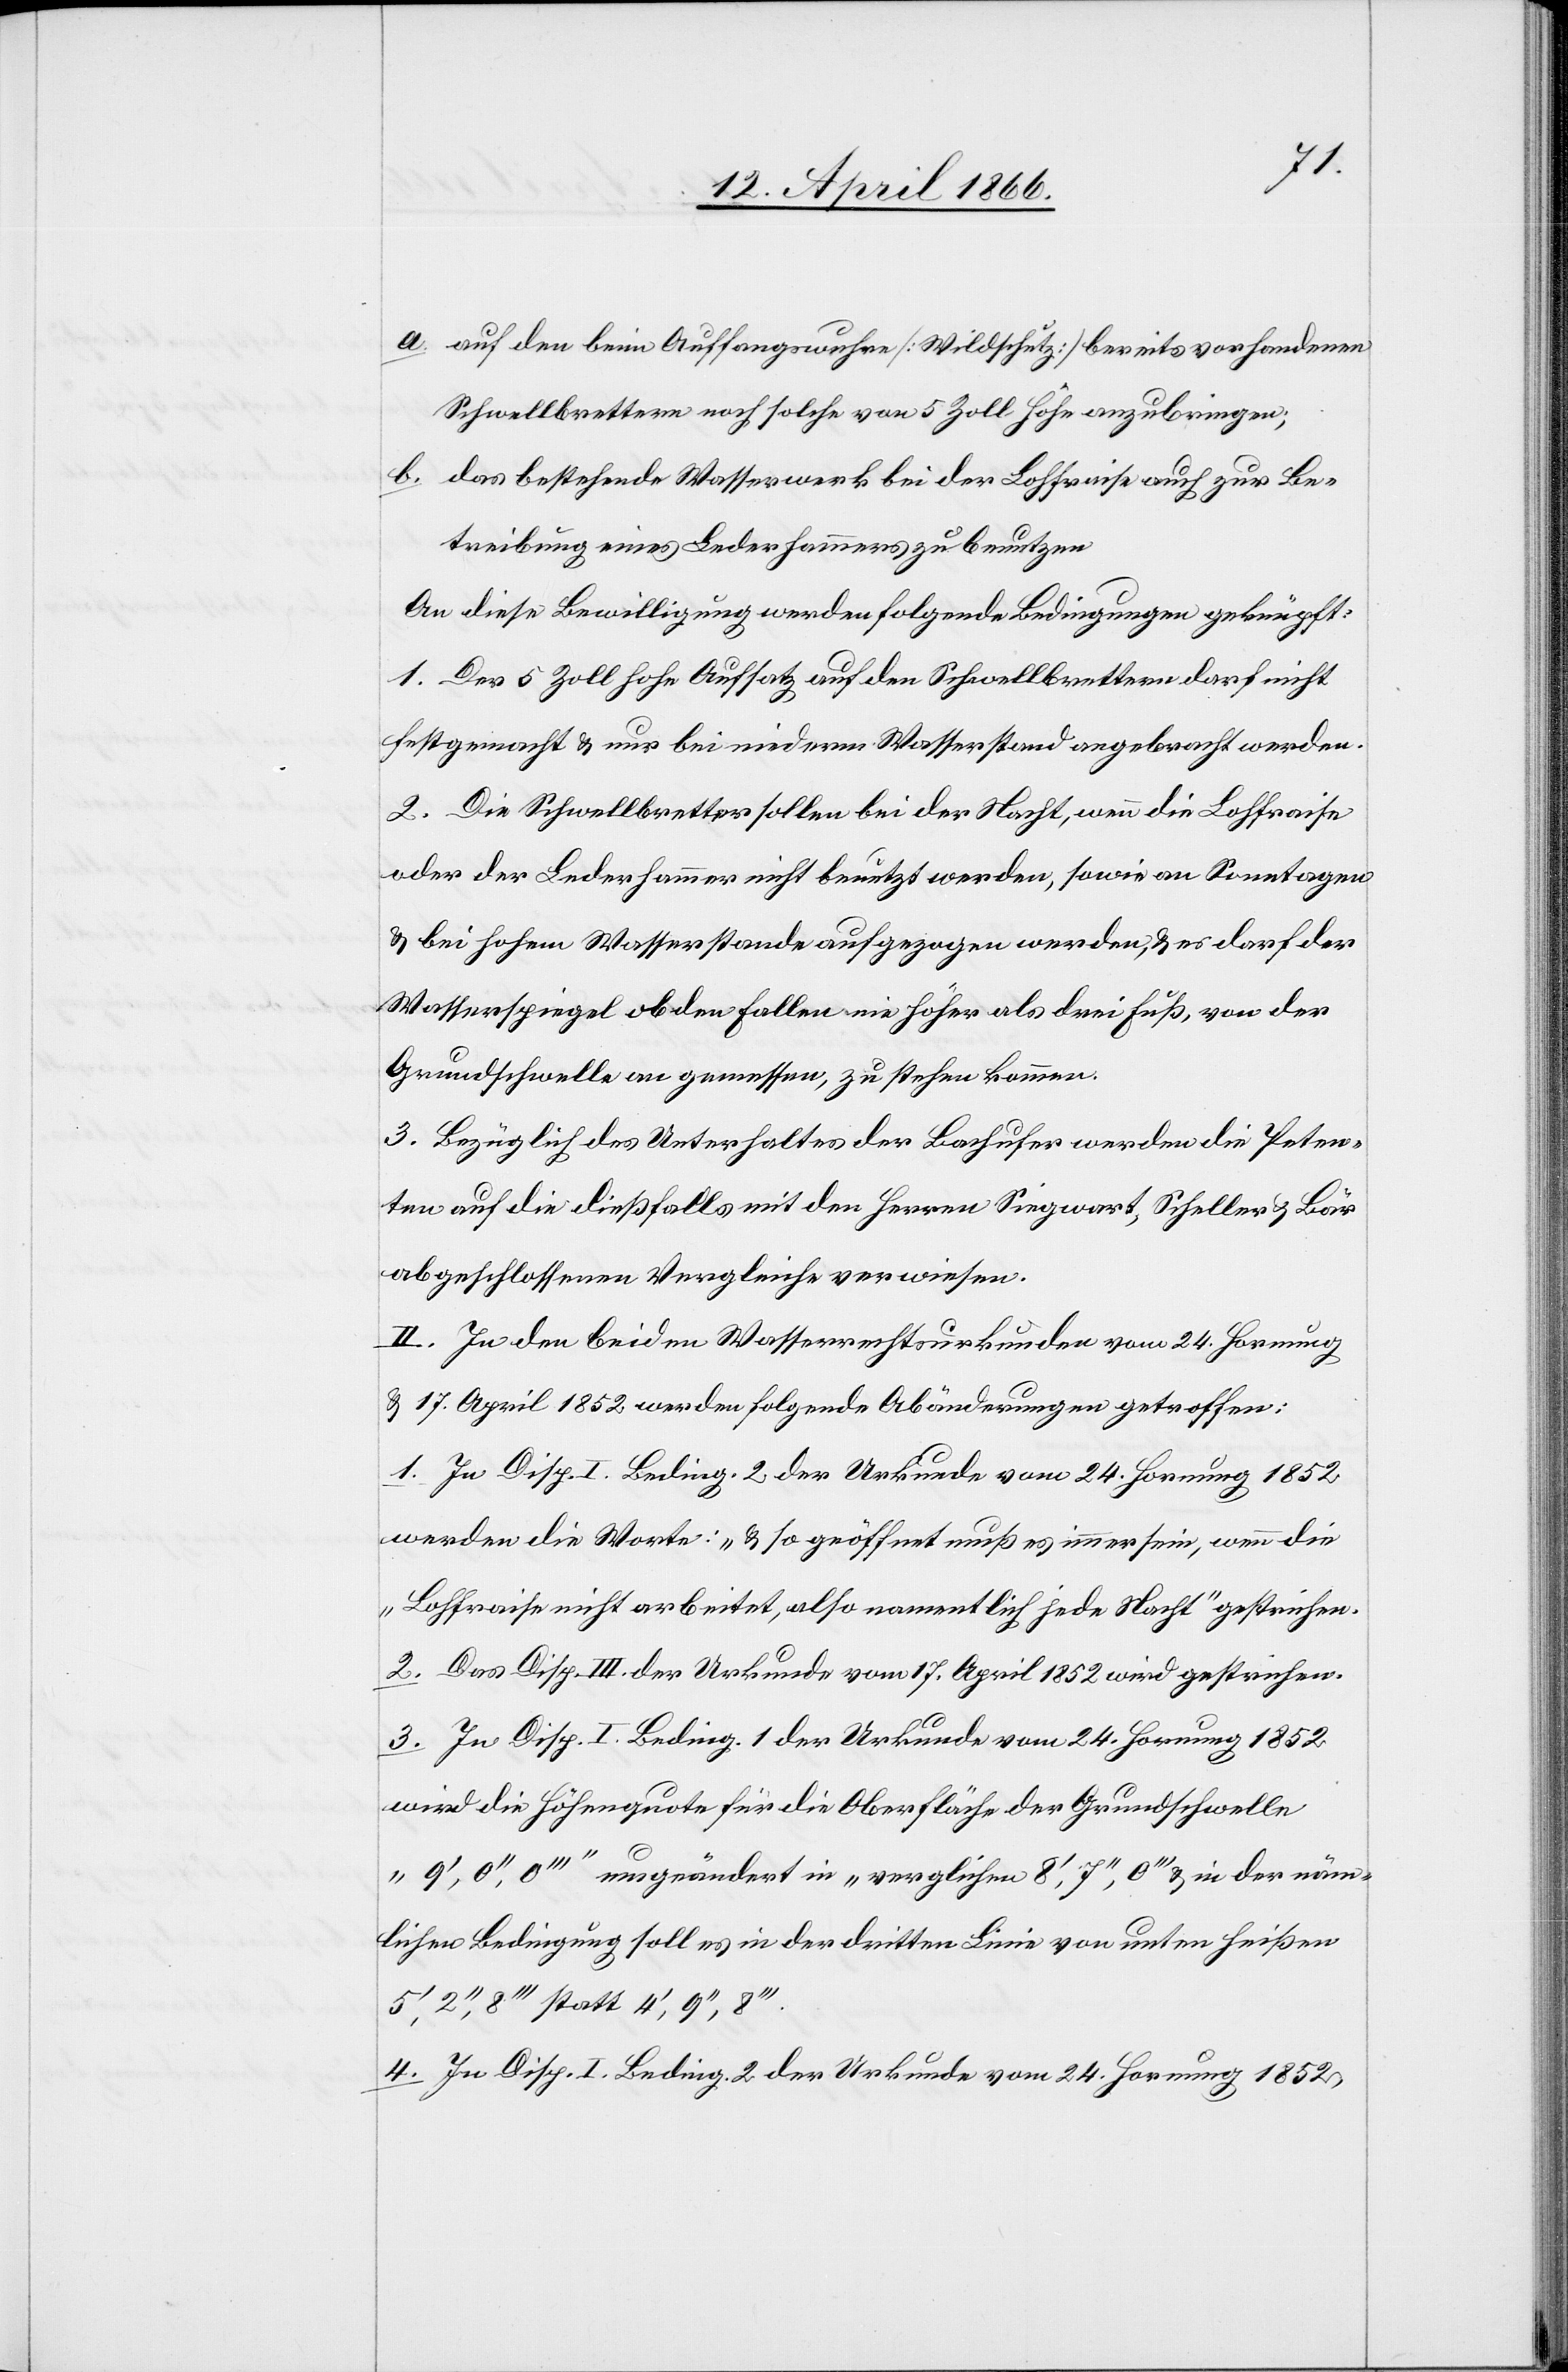
a. auf den beim Auffangswuhre [Wildschutz] bereits vorhandenen
Schwellbrettern noch solche von 5 Zoll Höhe anzubringen;
b. das bestehende Wasserwerk bei der Lohfraise auch zur Be¬
treibung eines Lederhammers zu benutzen[.]
An diese Bewilligung werden folgende Bedingungen geknüpft:
1. Der 5 Zoll höhe Aufsatz auf den Schwellbrettern darf nicht
festgemacht u. nur bei niederm Wasserstand angebracht werden.
2. Die Schwellbretter sollen bei der Nacht, wenn die Lohfraise
oder der Lederhammer nicht benützt werden, sowie an Sonntagen
u. bei hohem Wasserstande aufgezogen werden, u. es darf der
Wasserspiegel ob den Fallen nie höher als drei Fuß, von der
Grundschwelle an gemessen, zu stehen kommen.
3. Bezüglich des Unterhaltes der Bachufer werden die Peten¬
ten auf die dießfalls mit den Herren Siegwart, Scheller u. Bär
abgeschlossenen Vergleiche verwiesen.
II. In den beiden Wasserrechtsurkunden vom 24. Hornung
u. 17. April 1852 werden folgende Abänderungen getroffen:
1. in Disp. I Beding. 2 der Urkunde vom 24. Hornung 1852
werden die Worte: „u. so geöffnet muß es immer sein, wenn die
2. Das Disp. III der Urkunde vom 17. April wird gestrichen.
3. In Disp. I Beding. 1 der Urkunde vom 24. Hornung 1852
wird die Höhenquote für die Oberfläche der Grundschwelle
„9‘, 0‘‘, 0‘‘‘ “ umgeändert in „verglichen 8‘, 7‘‘, 0‘‘‘ “ u. in der näm¬
lichen Bedingung soll es in der dritten Linie von unten heißen
5‘, 2‘‘, 3‘‘‘ statt 4‘, 9‘‘,
4. In Disp. 1 Beding. 2 der Urkunde vom 24. Hornung 1852